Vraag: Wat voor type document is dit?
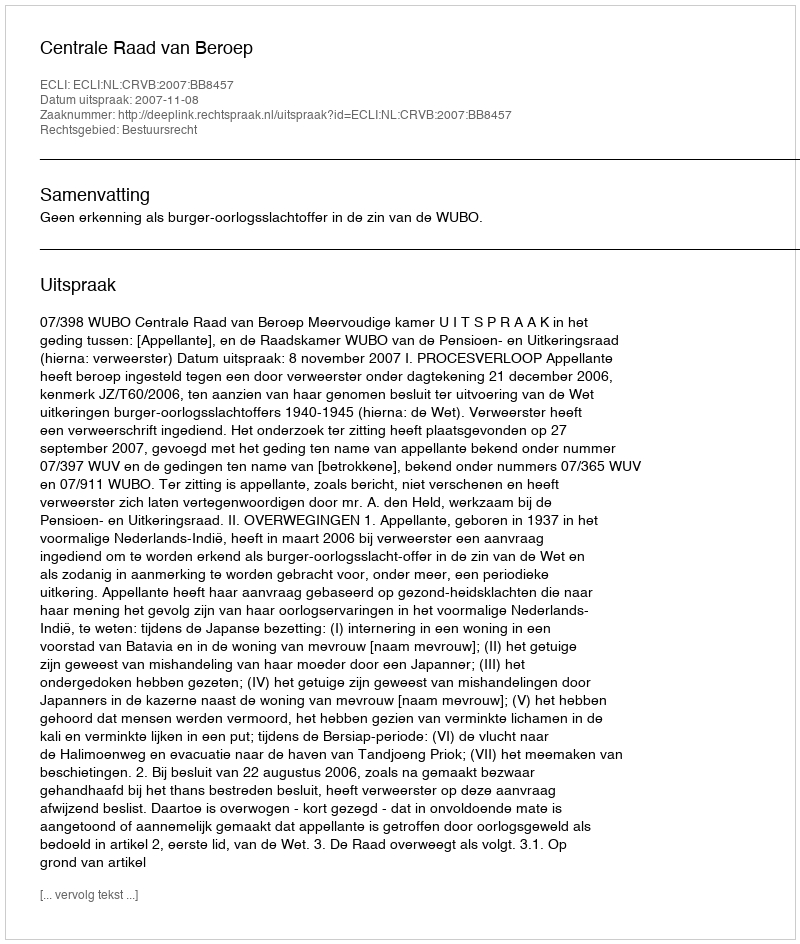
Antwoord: Uitspraak